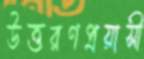
উত্তরণপ্রয়াসী